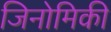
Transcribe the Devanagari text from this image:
जिनोमिकी